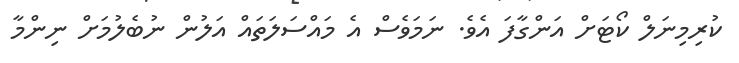
ކުރިމިނަލް ކޯޓަށް އަންގާފަ އެވެ. ނަމަވެސް އެ މައްސަލަތައް އަލުން ނުބެލުމަށް ނިންމާ